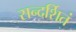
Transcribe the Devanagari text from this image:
सन्दर्शितं